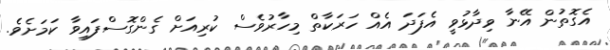
އެގޮތުން އޭނާ ވިދާޅުވީ އެފަދަ އެއް ހަރަކާތް މިހާރުވެސް ކުރިއަށް ގެންގޮސްފައިވާ ކަމަށެވެ.